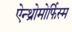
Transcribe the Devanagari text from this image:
ऐन्थ्रोमोर्फिस्म